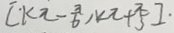
[ k \pi - \frac { \pi } { 6 } , k \pi + \frac { \pi } { 3 } ] .